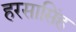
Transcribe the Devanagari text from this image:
हरसासिंह